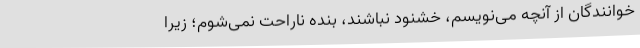
خوانندگان از آنچه می‌نویسم، خشنود نباشند،‌ بنده ناراحت نمی‌شوم؛ زیرا